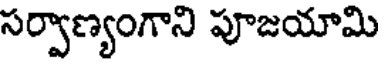
సర్వాణ్యంగాని పూజయామి